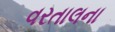
વરતાલના